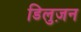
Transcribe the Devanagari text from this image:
डिलुज़न